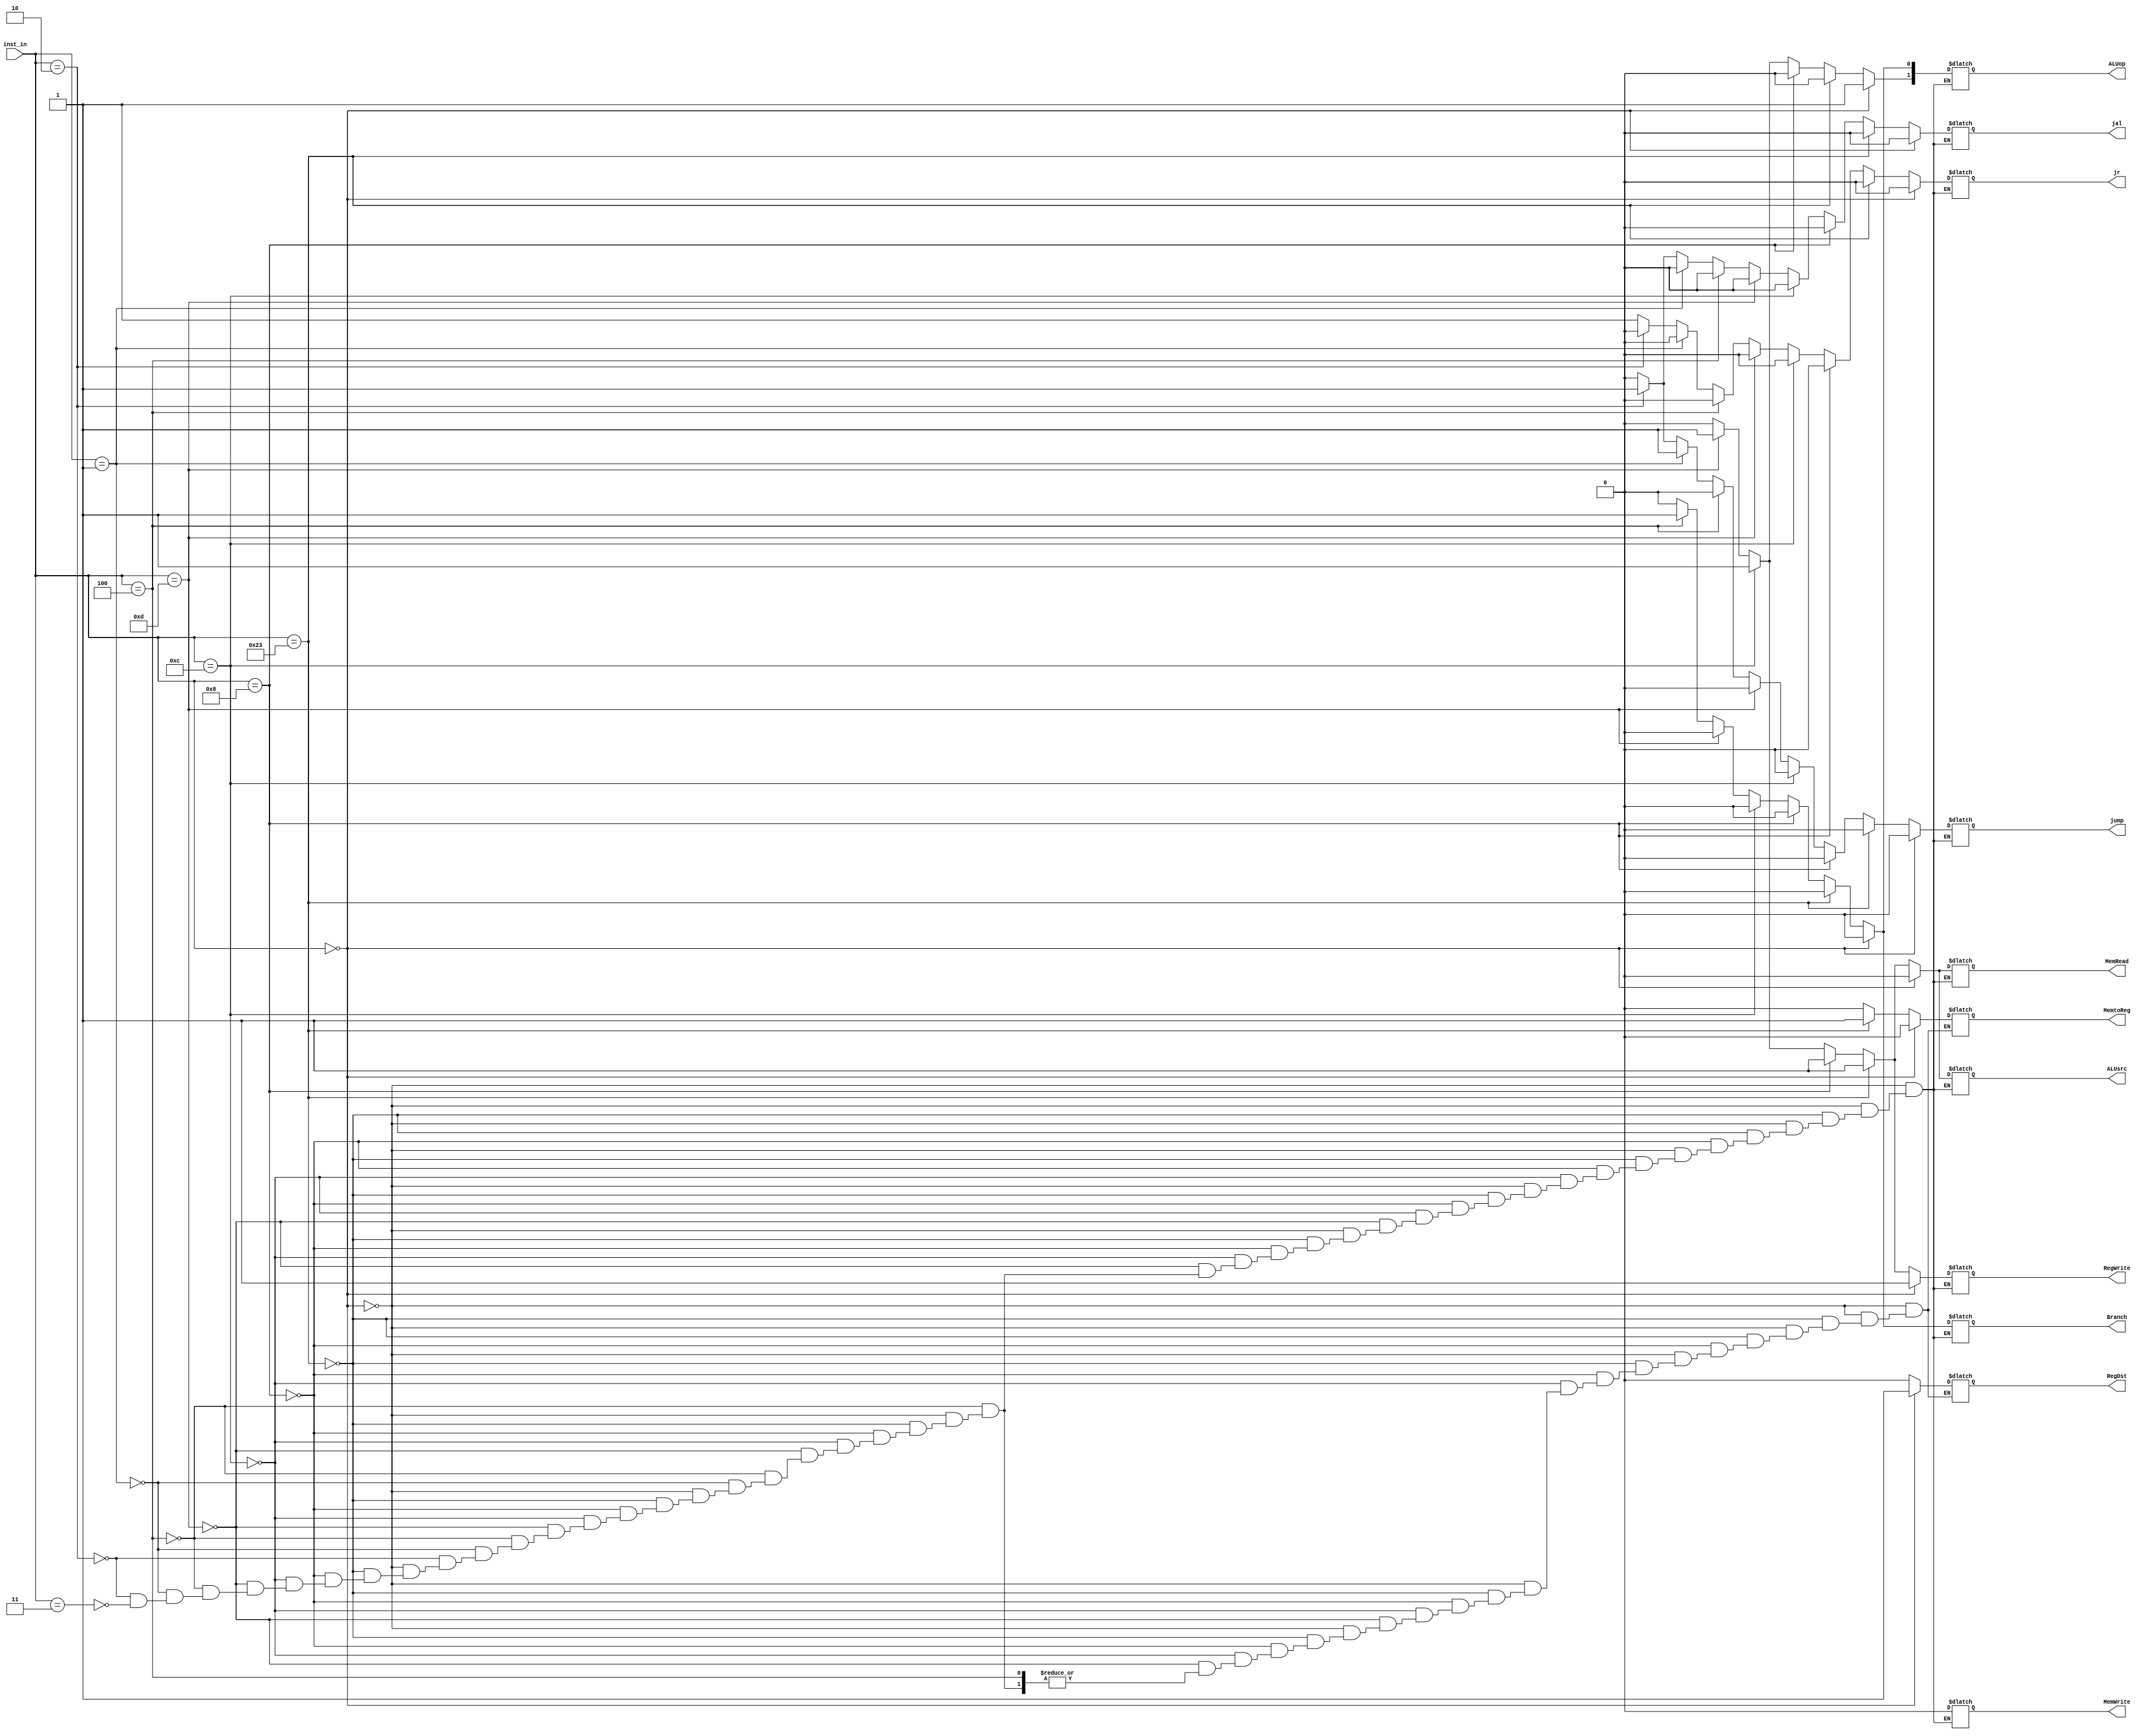
`timescale 1ns / 1ps
//////////////////////////////////////////////////////////////////////////////////
// Company: 
// Engineer: 
// 
// Design Name: 
// Module Name:    Control 
// Project Name: 
// Target Devices: 
// Tool versions: 
// Description: 
//
// Dependencies: 
//
// Revision: 
// Revision 0.01 - File Created
// Additional Comments: 
//
//////////////////////////////////////////////////////////////////////////////////
module Control(
    input [5:0] inst_in,
    output reg RegDst,
	 output reg Branch,
    output reg MemRead,
    output reg MemtoReg,
    output reg [1:0] ALUop,
    output reg MemWrite,
    output reg ALUsrc,		
    output reg RegWrite,
	 output reg jump,
	 output reg jal,
	 output reg jr
    );
always @(*)
begin
   if(inst_in == 6'b000000)//R_type
	begin
	RegDst = 1;
	ALUsrc = 0;
	MemtoReg = 0;
	RegWrite = 1;
	MemRead = 0;
	MemWrite = 0;
	Branch = 0;
	ALUop[1] = 1;
	ALUop[0] = 0;
	jump = 0 ;
	jal = 0 ;
	jr = 0 ;
	end
	
	else if(inst_in == 6'b100011)//load
	begin
	RegDst = 0;
	ALUsrc = 1;
	MemtoReg = 1;
	RegWrite = 1;
	MemRead = 1;
	MemWrite = 0;
	Branch = 0;
	ALUop[1] = 0;
	ALUop[0] = 0;
	jump = 0 ;
	jal = 0 ;
	jr = 0 ;
	end
	
	else if(inst_in == 6'b001000)//addi
	begin
	RegDst = 0;
	ALUsrc = 1;
	MemtoReg = 0;
	RegWrite = 1;
	MemRead = 1;
	MemWrite = 0;
	Branch = 0;
	ALUop[1] = 0;
	ALUop[0] = 0;
	jump = 0 ;
	jal = 0 ;
	jr = 0 ;
	end
	else if(inst_in == 6'b001100)//andi
	begin
	RegDst = 0;
	ALUsrc = 1;
	MemtoReg = 0;
	RegWrite = 1;
	MemRead = 1;
	MemWrite = 0;
	Branch = 0;
	ALUop[1] = 1;
	ALUop[0] = 0;
	jump = 0 ;
	jal = 0 ;
	jr = 0 ;
	end
	else if(inst_in == 6'b001101)//ori
	begin
	RegDst = 0;
	ALUsrc = 1;
	MemtoReg = 0;
	RegWrite = 1;
	MemRead = 1;
	MemWrite = 0;
	Branch = 0;
	ALUop[1] = 1;
	ALUop[0] = 0;
	jump = 0 ;
	jal = 0 ;
	jr = 0 ;
	end

	else if(inst_in == 6'b000100)//branch
	begin
	ALUsrc = 0;
	RegWrite = 0;
	MemRead = 0;
	MemWrite = 0;
	Branch = 1;
	ALUop[1] = 0;
	ALUop[0] = 1;
	jump = 0 ;
	jal = 0 ;
	jr = 0 ;
	end
	else if (inst_in == 6'b000001)
	begin
	RegDst = 0;
	ALUsrc = 0;
	MemtoReg = 0;
	RegWrite = 0;
	MemRead = 0;
	MemWrite = 0;
	Branch = 0;
	ALUop[1] = 0;
	ALUop[0] = 0;
	jump = 1 ;
	jal = 0 ;
	jr = 0 ;
	end
	else if (inst_in == 6'b000010)
	begin
	RegDst = 0;
	ALUsrc = 0;
	MemtoReg = 0;
	RegWrite = 0;
	MemRead = 0;
	MemWrite = 0;
	Branch = 0;
	ALUop[1] = 0;
	ALUop[0] = 0;
	jump = 1 ;
	jal = 1 ;
	jr = 0 ;
	end
	else if (inst_in == 6'b000011)
	begin
	RegDst = 0;
	ALUsrc = 0;
	MemtoReg = 0;
	RegWrite = 0;
	MemRead = 0;
	MemWrite = 0;
	Branch = 0;
	ALUop[1] = 0;
	ALUop[0] = 0;
	jump = 0 ;
	jal = 0 ;
	jr = 1 ;
	end
end
initial
begin
	//$monitor ( "%t , %b" , $time , jr ) ;
end
endmodule